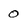
Character: 0